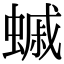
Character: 䗩